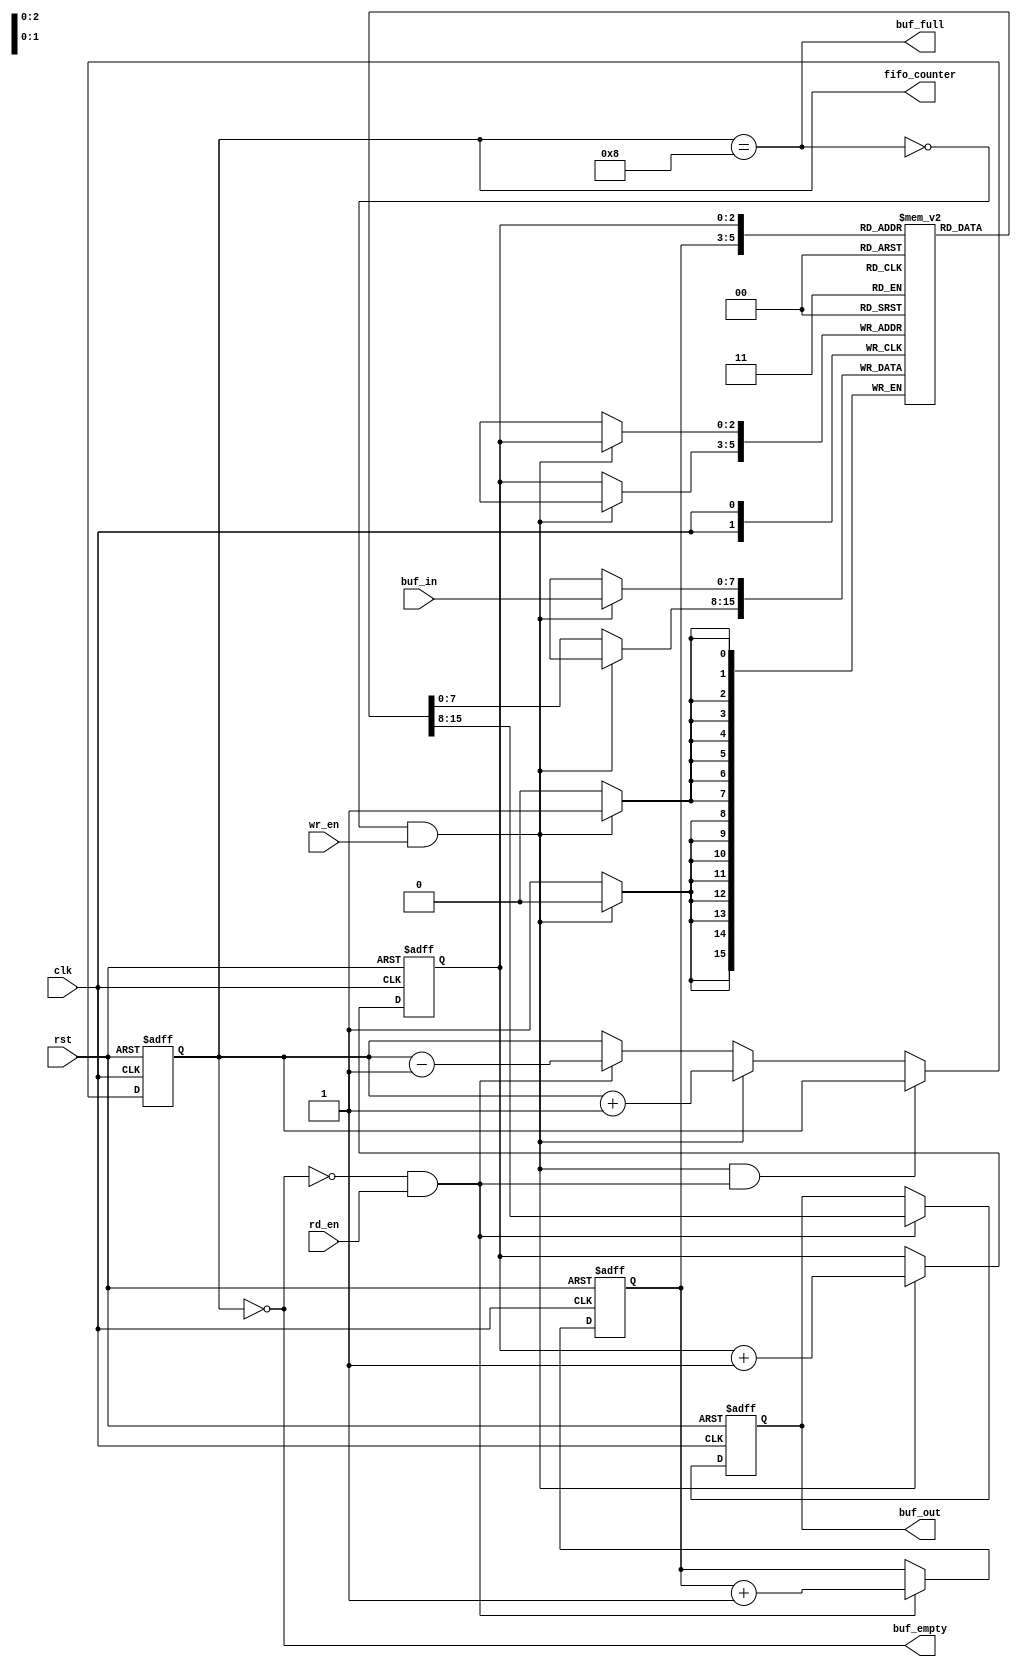
`timescale 1ns / 1ps
//////////////////////////////////////////////////////////////////////////////////
// 
// Design Name: Synchronus FIFO
// Module Name:    Syn_FIFO 
// Project Name: FIFO Design
// Target Devices: None
// Tool versions: ISE 14.2
// Description: 
//
// Dependencies: 
//
// Revision: 
// Revision 0.01 - File Created
// Additional Comments: 
//
//////////////////////////////////////////////////////////////////////////////////
`define BUF_WIDTH 3    // BUF_SIZE = 16 -> BUF_WIDTH = 4, no. of bits to be used in pointer
`define BUF_SIZE ( 1<<`BUF_WIDTH )

module Sync_FIFO( clk, rst, buf_in, buf_out, wr_en, rd_en, buf_empty, buf_full, fifo_counter );

input                 rst, clk, wr_en, rd_en;   
// reset, system clock, write enable and read enable.
input [7:0]           buf_in;                   
// data input to be pushed to buffer
output[7:0]           buf_out;                  
// port to output the data using pop.
output                buf_empty, buf_full;      
// buffer empty and full indication 
output[`BUF_WIDTH :0] fifo_counter;             
// number of data pushed in to buffer   

reg[7:0]              buf_out;
reg                   buf_empty, buf_full;
reg[`BUF_WIDTH :0]    fifo_counter;
reg[`BUF_WIDTH -1:0]  rd_ptr, wr_ptr;           // pointer to read and write addresses  
reg[7:0]              buf_mem[`BUF_SIZE -1 : 0]; //  

always @(fifo_counter)
begin
   buf_empty = (fifo_counter==0);   // Checking for whether buffer is empty or not
   buf_full = (fifo_counter== `BUF_SIZE);  //Checking for whether buffer is full or not

end

//Setting FIFO counter value for different situations of read and write operations.
always @(posedge clk or posedge rst)
begin
   if( rst )
       fifo_counter <= 0;		// Reset the counter of FIFO

   else if( (!buf_full && wr_en) && ( !buf_empty && rd_en ) )  //When doing read and write operation simultaneously
       fifo_counter <= fifo_counter;			// At this state, counter value will remain same.

   else if( !buf_full && wr_en )			// When doing only write operation
       fifo_counter <= fifo_counter + 1;

   else if( !buf_empty && rd_en )		//When doing only read operation
       fifo_counter <= fifo_counter - 1;

   else
      fifo_counter <= fifo_counter;			// When doing nothing.
end

always @( posedge clk or posedge rst)
begin
   if( rst )
      buf_out <= 0;		//On reset output of buffer is all 0.
   else
   begin
      if( rd_en && !buf_empty )
         buf_out <= buf_mem[rd_ptr];	//Reading the 8 bit data from buffer location indicated by read pointer

      else
         buf_out <= buf_out;		

   end
end

always @(posedge clk)
begin
   if( wr_en && !buf_full )
      buf_mem[ wr_ptr ] <= buf_in;		//Writing 8 bit data input to buffer location indicated by write pointer

   else
      buf_mem[ wr_ptr ] <= buf_mem[ wr_ptr ];
end

always@(posedge clk or posedge rst)
begin
   if( rst )
   begin
      wr_ptr <= 0;		// Initializing write pointer
      rd_ptr <= 0;		//Initializing read pointer
   end
   else
   begin
      if( !buf_full && wr_en )    
			wr_ptr <= wr_ptr + 1;		// On write operation, Write pointer points to next location
      else  
			wr_ptr <= wr_ptr;

      if( !buf_empty && rd_en )   
			rd_ptr <= rd_ptr + 1;		// On read operation, read pointer points to next location to be read
      else 
			rd_ptr <= rd_ptr;
   end

end
endmodule